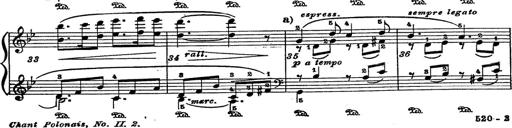
Title: 6 Polish Songs
Composer: Franz Liszt